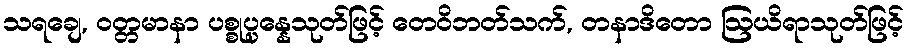
သရချေ, ဝတ္တမာနာ ပစ္စုပ္ပန္နေသုတ်ဖြင့် တေဝိဘတ်သက်, တနာဒိတော ဩယိရာသုတ်ဖြင့်